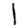
Digit: 1